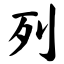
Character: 列